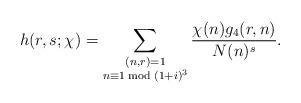
LaTeX: \begin{align*} h(r,s;\chi)=\sum_{\substack{(n,r)=1 \\ n \equiv 1 \bmod {(1+i)^3} }}\frac {\chi(n)g_4(r,n)}{N(n)^s}.\end{align*}